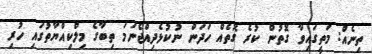
ތިނެއް: މަތީގައިވާ ގޮތުން ކުރެ ގޮތެއް ހަދަން ނުކުޅެދިއްޖެނަމަ ތިބާގެ މިލްކިއްޔާތުގައި ހުރި